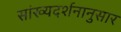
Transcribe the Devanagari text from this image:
सांख्यदर्शनानुसार